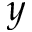
\boldsymbol { y }